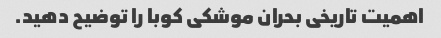
اهمیت تاریخی بحران موشکی کوبا را توضیح دهید.